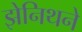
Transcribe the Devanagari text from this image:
झेनिथने